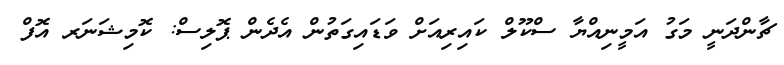
ޗާންދަނީ މަގު އަމީނިއްޔާ ސްކޫލް ކައިރިއަށް ވަޑައިގަތުން އެދެން ޕޮލިސް: ކޮމިޝަނަރ އޮފް